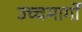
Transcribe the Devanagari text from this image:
उच्चमार्गों